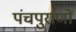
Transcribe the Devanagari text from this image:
पंचपुराणों